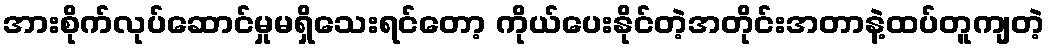
အားစိုက်လုပ်ဆောင်မှုမရှိသေးရင်တော့ ကိုယ်ပေးနိုင်တဲ့အတိုင်းအတာနဲ့ထပ်တူကျတဲ့